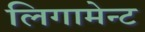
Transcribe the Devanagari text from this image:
लिगामेन्ट